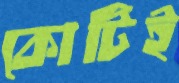
কোটিই